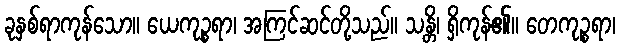
ခုနှစ်ရာကုန်သော။ ယေကုဉ္စရာ၊ အကြင်ဆင်တို့သည်။ သန္တိ၊ ရှိကုန်၏။ တေကုဉ္စရာ၊